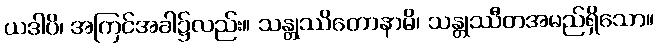
ယဒါပိ၊ အကြင်အခါ၌လည်း။ သန္တုဿိတောနာမိ၊ သန္တုဿီတအမည်ရှိသော။